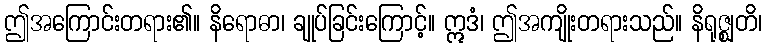
ဤအကြောင်းတရား၏။ နိရောဓာ၊ ချုပ်ခြင်းကြောင့်။ ဣဒံ၊ ဤအကျိုးတရားသည်။ နိရုဇ္ဈတိ၊